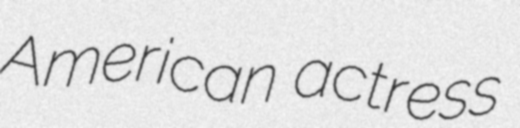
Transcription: American actress